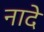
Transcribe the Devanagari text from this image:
नादे